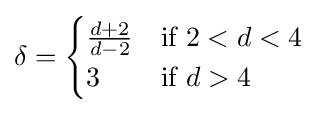
\delta ={\begin{cases}{\frac {d+2}{d-2}}&{\text{if }}2<d<4\\3&{\text{if }}d>4\end{cases}}